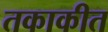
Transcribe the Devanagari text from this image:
तकाकीत